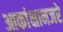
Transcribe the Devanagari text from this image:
आकांक्षानजरे